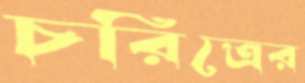
চরিত্রের